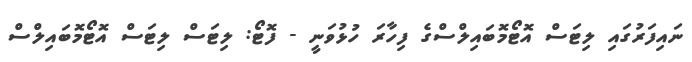
ނައިފަރުގައި ލިޓަސް އޮޓޯމޮބައިލްސްގެ ފިހާރަ ހުޅުވަނީ - ފޮޓޯ: ލިޓަސް ލިޓަސް އޮޓޯމޮބައިލްސް